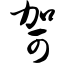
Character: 哿